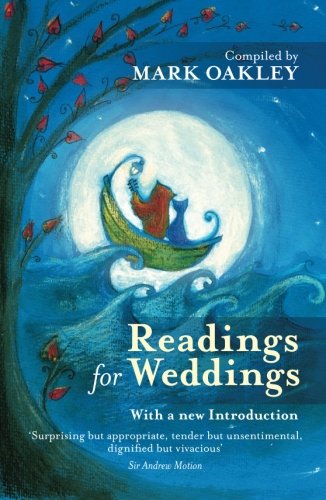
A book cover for Readings for Weddings; Crafts, Hobbies & Home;